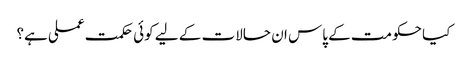
کیا حکومت کے پاس ان حالات کے لیے کوئی حکمت عملی ہے؟